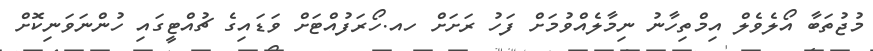
މުޖުތަބާ އޯލެވެލް އިމްތިހާނު ނިމާލެއްވުމަށް ފަހު ރަށަށް ހއ.ހޯރަފުއްޓަށް ވަޑައިގެ ޗުއްޓީގައި ހުންނަވަނިކޮށް